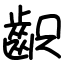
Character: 齞